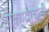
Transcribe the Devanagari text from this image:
ठोकण्याचाही